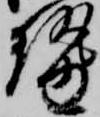
勢